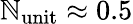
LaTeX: \mathbb{N}_{\mathrm{{unit}}}\approx0.5